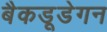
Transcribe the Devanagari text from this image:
बैकडूडेगन